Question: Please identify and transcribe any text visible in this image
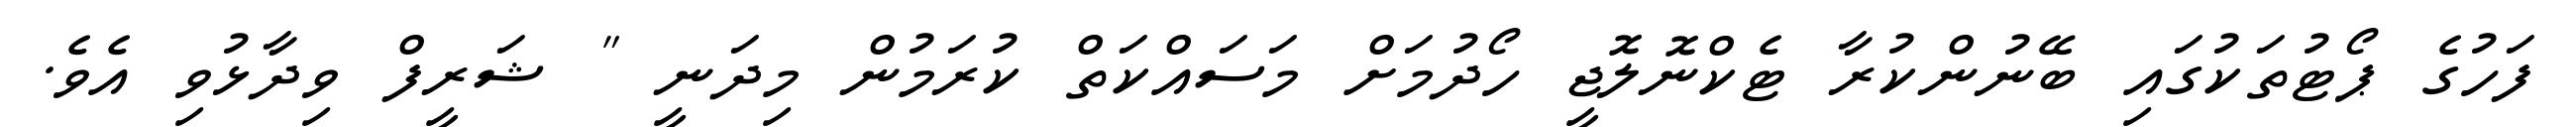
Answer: ފަހުގެ ޕޯޓުތަކުގައި ބޭނުންކުރާ ޓެކްނޮލޮޖީ ހޯދުމަށް މަސައްކަތް ކުރަމުން މިދަނީ " ޝަރީފް ވިދާޅުވި އެވެ.